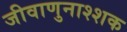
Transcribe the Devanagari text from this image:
जीवाणुनाश्शक